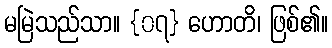
မမြဲသည်သာ။ {၀၇} ဟောတိ၊ ဖြစ်၏။